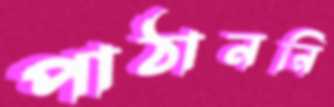
পাঠাননি